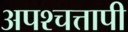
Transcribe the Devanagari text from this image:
अपश्चत्तापी